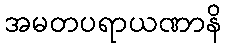
အမတပရာယဏာနိ